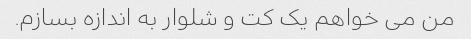
من می خواهم یک کت و شلوار به اندازه بسازم.